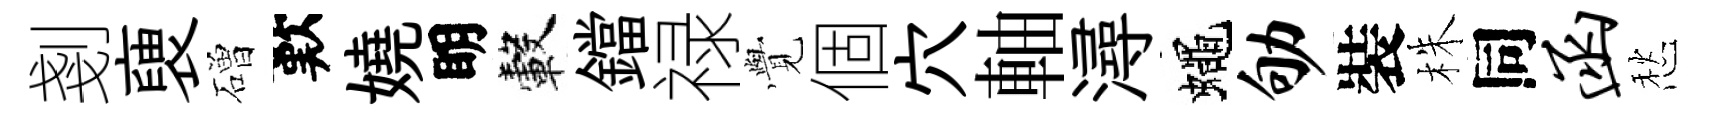
剗褏磳歎嬈眀轂鐺禄𮗜個穴軸潯蠅劬裝株同函愁